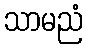
သာမညံ